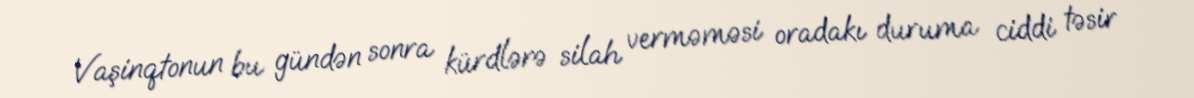
Vaşinqtonun bu gündən sonra kürdlərə silah verməməsi oradakı duruma ciddi təsir